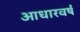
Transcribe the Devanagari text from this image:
आधारवर्ष